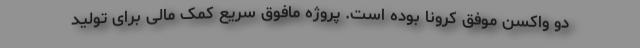
دو واکسن موفق کرونا بوده است. پروژه مافوق سریع کمک مالی برای تولید